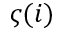
\varsigma ( i )